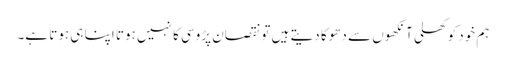
ہم خود کو کھلی آنکھوں سے دھوکا دیتے ہیں تو نقصان پڑوسی کا نہیں ہوتا اپنا ہی ہوتا ہے۔